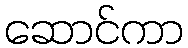
ဆောင်ကာ